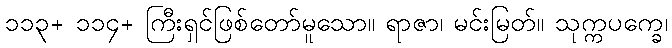
၁၁၃+ ၁၁၄+ ကြီးရှင်ဖြစ်တော်မူသော။ ရာဇာ၊ မင်းမြတ်။ သုက္ကပက္ခေ၊